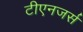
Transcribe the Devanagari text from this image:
टीएनजर्स